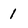
Character: 1